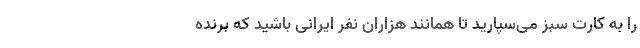
را به کارت سبز می‌سپارید تا همانند هزاران نفر ایرانی باشید که برنده